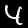
Digit: 4